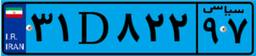
۳۶D۹۲۵۴۰